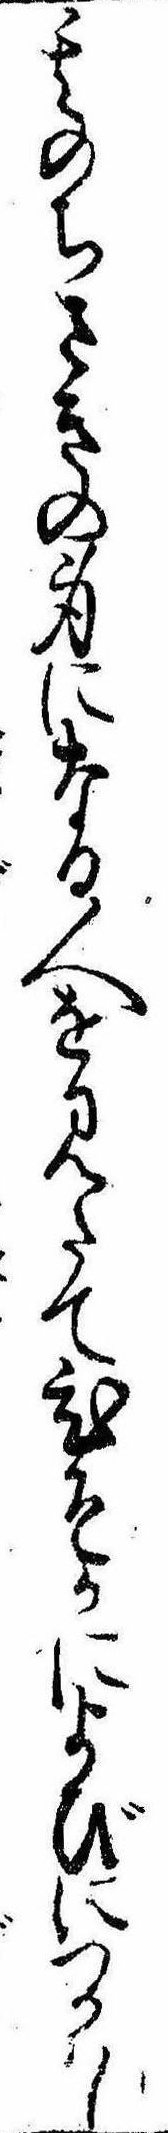
其のちさきの身になる人を見たてひそかによびにつかはし